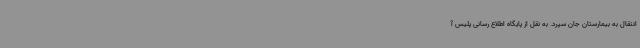
انتقال به بیمارستان جان سپرد. به نقل از پایگاه اطلاع رسانی پلیس آ